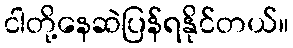
ငါတို့နေဆဲပြန်ရနိုင်တယ်။